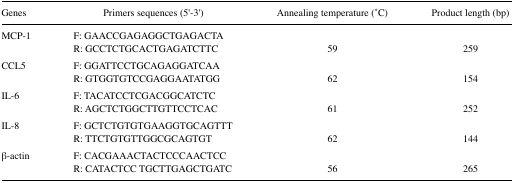
<table><thead><tr><td><b>Genes</b></td><td><b>Primers sequences (5′-3′)</b></td><td><b>Annealing temperature ( ̊C)</b></td><td><b>Product length (bp)</b></td></tr></thead><tbody><tr><td rowspan="2">MCP-1</td><td>F: GAACCGAGAGGCTGAGACTA</td><td></td><td></td></tr><tr><td>R: GCCTCTGCACTGAGATCTTC</td><td>59</td><td>259</td></tr><tr><td rowspan="2">CCL5</td><td>F: GGATTCCTGCAGAGGATCAA</td><td></td><td></td></tr><tr><td>R: GTGGTGTCCGAGGAATATGG</td><td>62</td><td>154</td></tr><tr><td rowspan="2">IL-6</td><td>F: TACATCCTCGACGGCATCTC</td><td></td><td></td></tr><tr><td>R: AGCTCTGGCTTGTTCCTCAC</td><td>61</td><td>252</td></tr><tr><td rowspan="2">IL-8</td><td>F: GCTCTGTGTGAAGGTGCAGTTT</td><td></td><td></td></tr><tr><td>R: TTCTGTGTTGGCGCAGTGT</td><td>62</td><td>144</td></tr><tr><td rowspan="2">β-actin</td><td>F: CACGAAACTACTCCCAACTCC</td><td></td><td></td></tr><tr><td>R: CATACTCC TGCTTGAGCTGATC</td><td>56</td><td>265</td></tr></tbody></table>